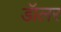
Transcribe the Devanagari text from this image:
डॅालर